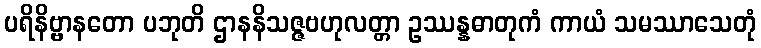
ပရိနိဗ္ဗာနတော ပဘုတိ ဌာနနိသဇ္ဇဗဟုလတ္တာ ဥဿန္နဓာတုကံ ကာယံ သမဿာသေတုံ